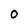
Character: 0